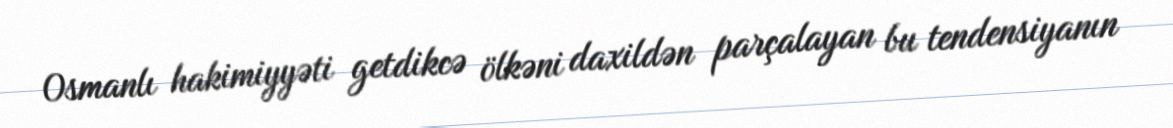
Osmanlı hakimiyyəti getdikcə ölkəni daxildən parçalayan bu tendensiyanın